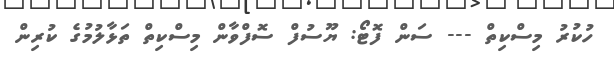
ހުކުރު މިސްކިތް --- ސަން ފޮޓޯ: ޔޫސުފް ސޮފްވާން މިސްކިތް ތަޅާލުމުގެ ކުރިން